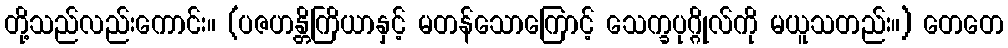
တို့သည်လည်းကောင်း။ (ပဇဟန္တိကြိယာနှင့် မတန်သောကြောင့် သေက္ခပုဂ္ဂိုလ်ကို မယူသတည်း။) တေတေ